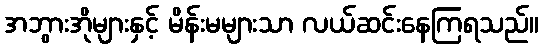
အဘွားအိုများနှင့် မိန်းမများသာ လယ်ဆင်းနေကြရသည်။